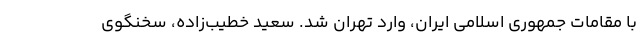
با مقامات جمهوری اسلامی ایران، وارد تهران شد. سعید خطیب‌زاده، سخنگوی